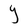
Character: Y